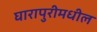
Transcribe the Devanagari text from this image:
घारापुरीमधील